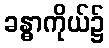
ခန္ဓာကိုယ်၌